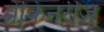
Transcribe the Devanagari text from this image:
ब्रेकिनरीज